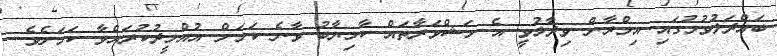
ބައްދަލުވުމުގައި އިމްރާން ވިދާޅުވީ އެ މަޝްވަރާތައް ކާމިޔާބު ވާނެ ކަމަށް އުއްމީދުކުރައްވާ ކަމަށެވެ.